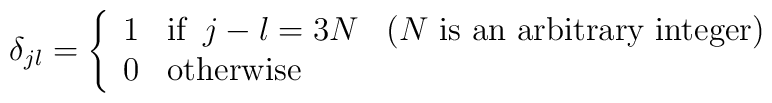
\delta_{jl} = \left \{\begin{array}{llll}1 & \textrm{if} \,\,\, j-l= 3N & (N \textrm{ is an arbitrary integer}) \\0 & \textrm{otherwise}  &\end{array}\right.